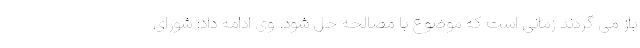
باز می گردند زمانی است که موضوع با مصالحه حل شود. وی ادامه داد: شورای